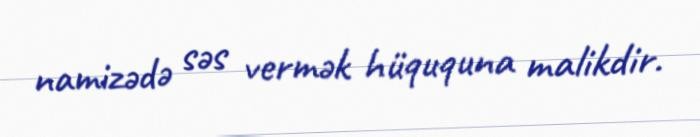
namizədə səs vermək hüququna malikdir.